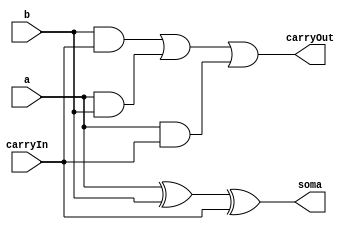
// ---------------
// Exemplo0031 - SOMADOR ALGBRICO
// Nome: Josemar Alves Caetano
// Matrcula: 448662
// Data: 06/09/2012
// ----------------

// ----------------
// Soma Completa
// ----------------
module somaCompleta(output soma, output carryOut, input a, input b, input carryIn);

//Definio dos fios
wire s0, s1, s2, s3;

//Definio do circuito
xor xor1(s0, a, b);
xor xor2(soma, s0, carryIn);
and and1(s1, b, carryIn);
and and2(s2, a, b);
and and3(s3, a, carryIn);
or or1(carryOut, s1, s2, s3);

endmodule //somaCompleta

// ----------------
// ALU 01
// ----------------
module alu01(output [2:0]saida, input [1:0]a, input [1:0]b, input operacao);

//Definio dos fios do circuito
wire s0, s1, carrySC01;

//Definio da ALU
xor xor1(s0, operacao, b[0]);
xor xor2(s1, operacao, b[1]);
somaCompleta sc01(saida[0], carrySC01, a[0], s0, operacao);
somaCompleta sc02(saida[1], saida[2], a[1], s1, carrySC01);

endmodule //alu01

// ----------------
// test alu01
// ----------------
module test_alu01;

// ---------------- Definio de dados
reg [1:0] x;
reg [1:0] y;
reg carryIn;
wire [2:0]saida;

// ----------------- Intncia
 alu01 alu(saida, x, y, carryIn);

// ------------------ Preparao
 initial begin: start
  x = 2'b00; y = 2'b01;
  carryIn = 1'b0;
 end //start

// ------------------- Parte principal
 initial begin: main
   $display("Exemplo0031 - Josemar Alves Caetano - 448662.");
   $display("Test ALU's Somador algbrico:\n");

  #1 $display("Teste da operao: Adio\n");
     $display("%b + %b = %b", x, y, saida);
     x = 2'b01; y = 2'b10;
  #1 $display("%b + %b = %b", x, y, saida);
     x = 2'b10; y = 2'b11;
  #1 $display("%b + %b = %b", x, y, saida);
     x = 2'b11; y = 2'b00;
  #1 $display("%b + %b = %b", x, y, saida);
     carryIn = 1'b1;
     x = 2'b11; y = 2'b01;

  #1 $display("\nTeste da operao: Subtrao\n");
     $display("%b - %b = %b", x, y, saida);
     x = 2'b10; y = 2'b00;
  #1 $display("%b - %b = %b", x, y, saida);
     x = 2'b01; y = 2'b10;
  #1 $display("%b - %b = %b", x, y, saida);
     x = 2'b00; y = 2'b11;
  #1 $display("%b - %b = %b", x, y, saida);

 end //begin
 
endmodule //test_alu01